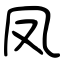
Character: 凤